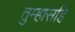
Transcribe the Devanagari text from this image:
तुम्हासहि